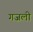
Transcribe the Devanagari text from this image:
गजली